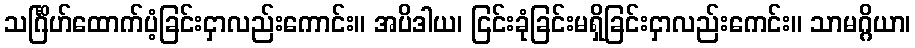
သင်္ဂြိဟ်ထောက်ပံ့ခြင်းငှာလည်းကောင်း။ အပိဒါယ၊ ငြင်းခုံခြင်းမရှိခြင်းငှာလည်းကေင်း။ သာမဂ္ဂိယာ၊